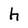
Character: h